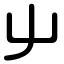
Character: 屮